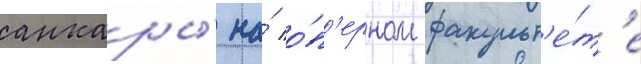
анкары́ на́ о́п'ерном факульт'е́т'е